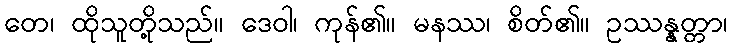
တေ၊ ထိုသူတို့သည်။ ဒေဝါ၊ ကုန်၏။ မနဿ၊ စိတ်၏။ ဥဿန္နတ္တာ၊